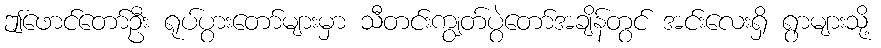
ဤဖောင်တော်ဦး ရုပ်ပွားတော်များမှာ သီတင်းကျွတ်ပွဲတော်အချိန်တွင် အင်းလေးရှိ ရွာများသို့